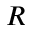
\boldsymbol { R }